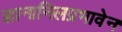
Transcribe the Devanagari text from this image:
ज्ञानानिलप्रभावेन